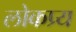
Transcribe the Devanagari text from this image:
लोकप्र्य